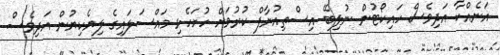
އަނެއްކާ އަދިވެސް ހައިކޯޓުން ނުލިބޭ އިސްތިއުނާފް ކުރުމަށް ހުށަހެޅި މައްސަލައިގެ ލިޔެކިޔުން އަދިވެސް